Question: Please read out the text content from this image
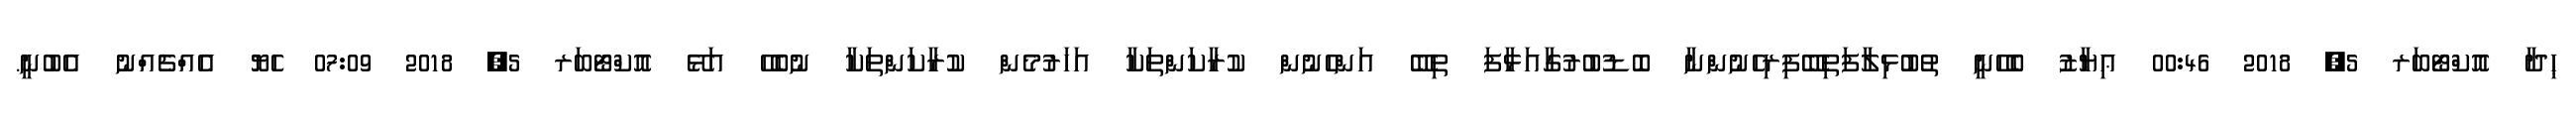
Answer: ޙިދާ އޮކްޓޯބަރ 5, 2018 00:46 ޢިޔާޒު ބެހޭނީ ތުބުޅިލާފަތިބޭފިރިހެނުންނާ ބޮޑުބުރުގާއަޅާފަ ތިބޭ އަންހެނުން ކުރާކަންތަކާ އަހަރުމެން ކުރާކަންތަކާ ނުބެހޭ އަޅޭ އޮކްޓޯބަރ 5, 2018 07:09 ހެޔޮ އެއްޗެއްނު އެބުނީ.